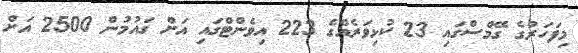
މިފަހަރުގެ ގޭމްސްގައި 23 ކުޅިވަރެއްގެ 223 އިވެންޓްގައި އަށް ގައުމުން 2500 އަށް